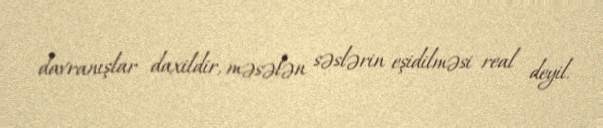
davranışlar daxildir, məsələn səslərin eşidilməsi real deyil.